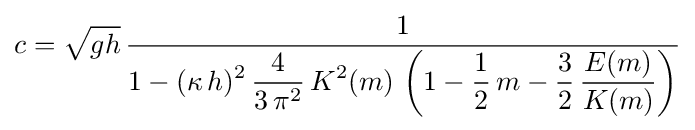
c={\sqrt {gh}}\,{\frac {1}{\displaystyle 1-(\kappa \,h)^{2}\,{\frac {4}{3\,\pi ^{2}}}\,K^{2}(m)\,\left(1-{\frac {1}{2}}\,m-{\frac {3}{2}}\,{\frac {E(m)}{K(m)}}\right)}}